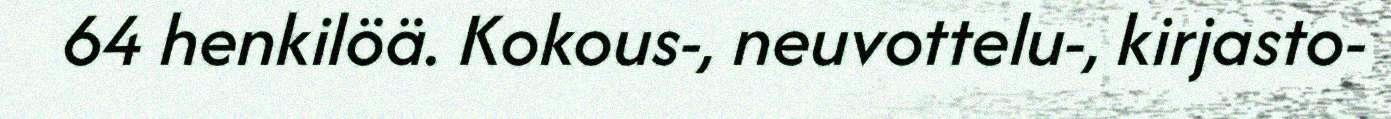
64 henkilöä. Kokous-, neuvottelu-, kirjasto-